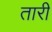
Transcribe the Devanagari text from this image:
तारीं